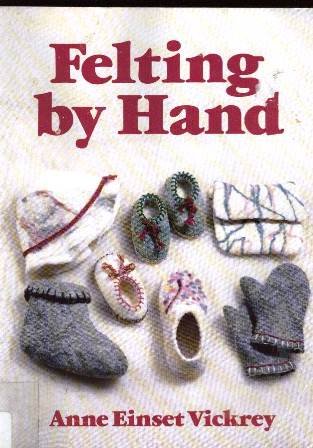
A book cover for Felting by Hand; Anne Einset Vickrey; Crafts, Hobbies & Home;